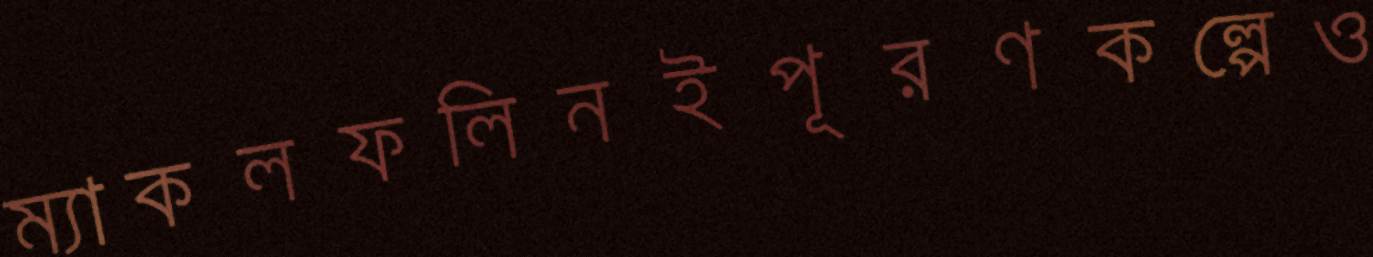
ম্যাকলফলিনইপূরণকল্পেও